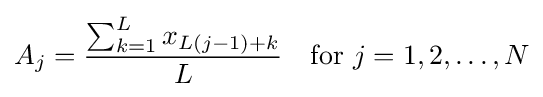
A_{j}={\frac {\sum _{k=1}^{L}x_{L(j-1)+k}}{L}}\quad {\text{for }}j=1,2,\ldots ,N